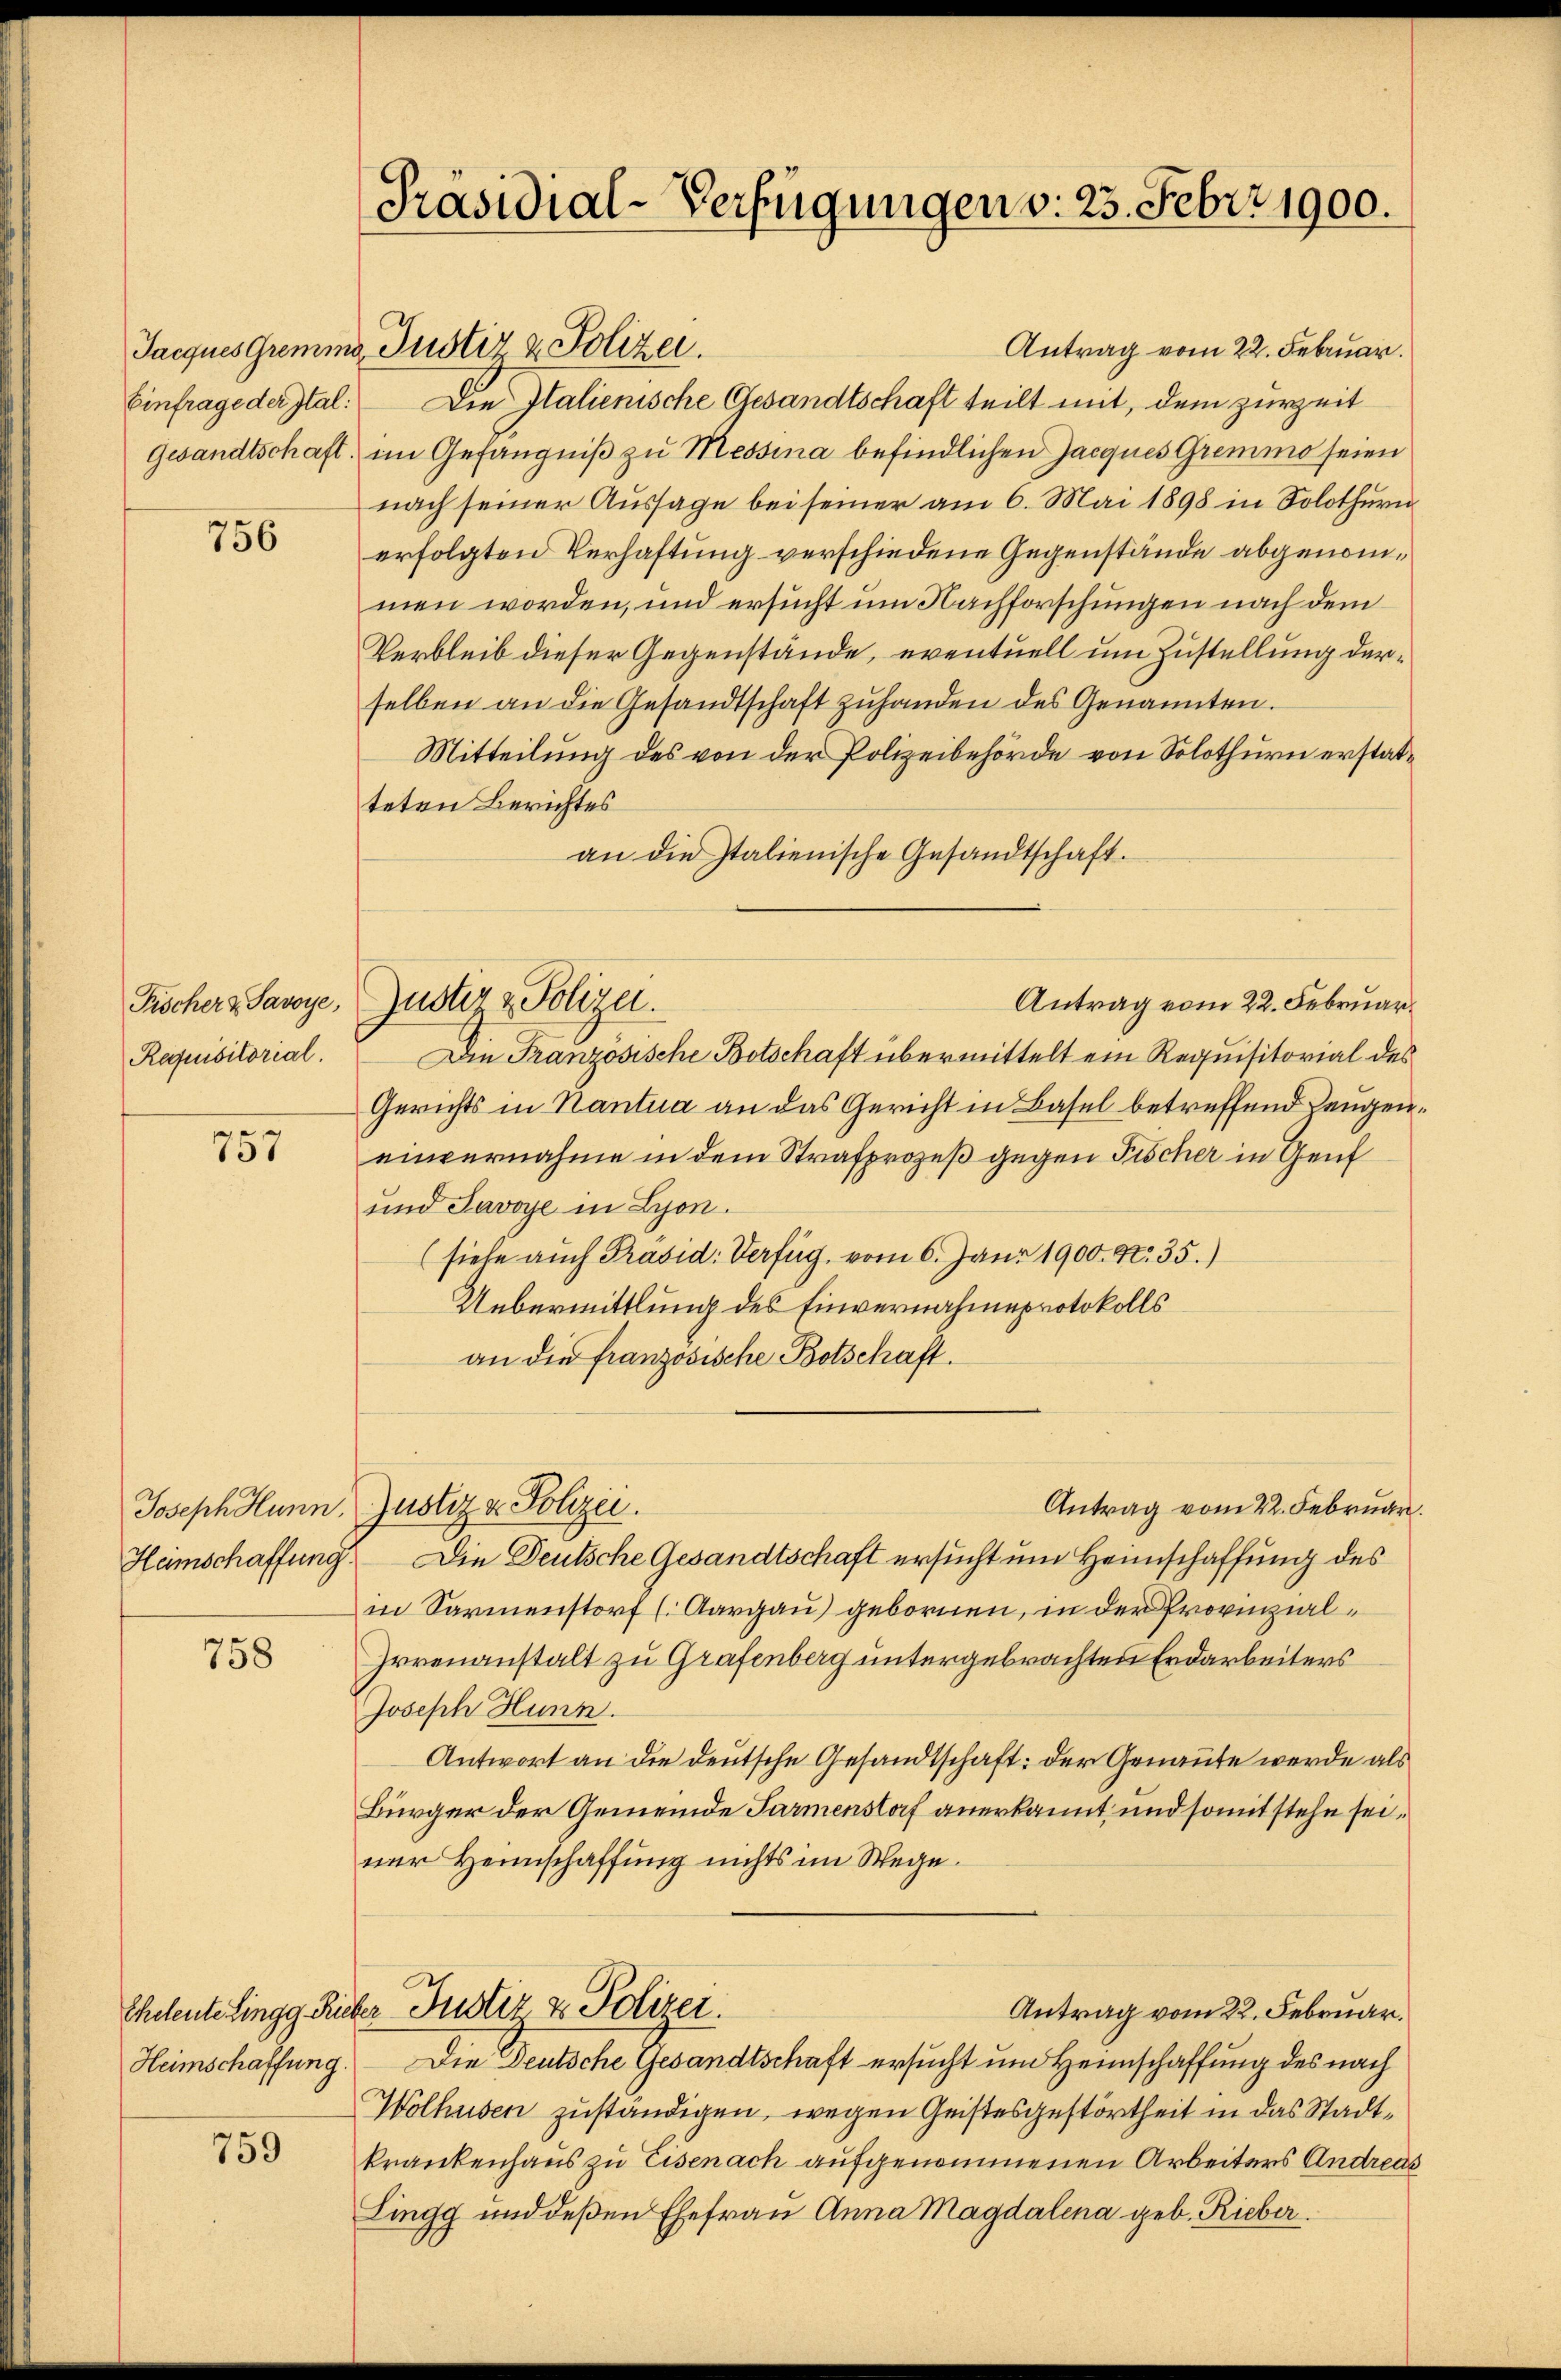
Einfrage der Ital:
Gesandtschaft.

756

Fischer & Savoye,
Requisitorial.

757

Joseph Hunn.
Heimschaffung.

758

Heimschaffung.

759

Präsidial-Verfügungen v. 23. Febr. 1900.

Antrag vom 22. Februar.
Jacques Gremis Justiz & Polizei.
Die Italienische Gesandtschaft teilt mit, dem zurzeit
im Gefängniß zu Messina befindlichen Jacques Gremmo seien
nach seiner Aussage bei seiner am 6. Mai 1898 in Solothurn
erfolgten Verhaftung verschiedene Gegenstände abgenommen worden, und ersucht um Nachforschungen nach dem
Verbleib dieser Gegenstände, eventuell um Zustellung derselben an die Gesandtschaft zŭhanden des Genannten.
Mitteilung des von der Polizeibehörde von Solothurn erstatteten Berichtes
an die Italienische Gesandtschaft.
Antrag vom 22. Februar
Die Französische Botschaft übermittelt ein Requisitorial des
Gerichts in Rantua an das Gericht in Basel betreffend Zeugeneinvernahme in dem Strafprozeß gegen Fischer in Genf
und Savoye in Lyon.
(siehe auch Präsid: Verfüg, vom 6. Janr 1900. No. 35.)
Uebermittlung des Einvernahmeprotokolls
an die französische Botschaft.
Antrag vom 22. Februar.
Justiz & Polizei.
Die Deutsche Gesandtschaft ersucht um Heimschaffung des
in Sarmenstorf (Aargau) gebornen, in der Provinzial¬
Irrenanstalt zu Grafenberg untergebrachten Erdarbeiters
Joseph Hunn.
Antwort an die deutsche Gesandtschaft: der Genannte werde als
Bürger der Gemeinde Parmenstof anerkannt und somit stehe seiner Heimschaffung nichts im Wege.
Antrag vom 22. Februar.
Eheleute Lingg Rüber Justiz & Polizei.
Die Deutsche Gesandtschaft ersucht um Heimschaffung des nach
Wolhusen zuständigen, wegen Geistesgestörtheit in das Stadtkrankenhaus zu Eisenach aufgenommenen Arbeiters Andreas
Lingg und deßen Ehefrau Anna Magdalena geb. Rieber.

Justiz & Polizei.